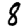
Digit: 8